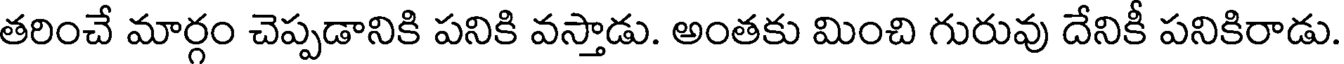
తరించే మార్గం చెప్పడానికి పనికి వస్తాడు. అంతకు మించి గురువు దేనికీ పనికిరాడు